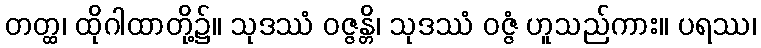
တတ္ထ၊ ထိုဂါထာတို့၌။ သုဒဿံ ဝဇ္ဇန္တိ၊ သုဒဿံ ဝဇ္ဇံ ဟူသည်ကား။ ပရဿ၊